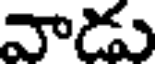
వాడు